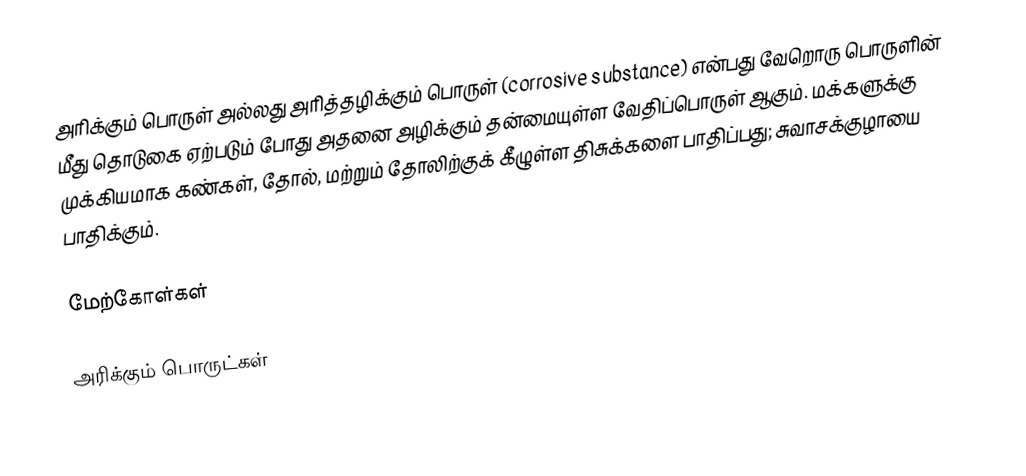
அரிக்கும் பொருள் அல்லது அரித்தழிக்கும் பொருள் (corrosive substance) என்பது வேறொரு பொருளின் மீது தொடுகை ஏற்படும் போது அதனை அழிக்கும் தன்மையுள்ள வேதிப்பொருள் ஆகும். மக்களுக்கு முக்கியமாக கண்கள், தோல், மற்றும் தோலிற்குக் கீழுள்ள திசுக்களை பாதிப்பது; சுவாசக்குழாயை பாதிக்கும்.

மேற்கோள்கள்

அரிக்கும் பொருட்கள்